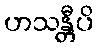
ဟသန္တီပိ